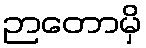
ဉာတောမှိ